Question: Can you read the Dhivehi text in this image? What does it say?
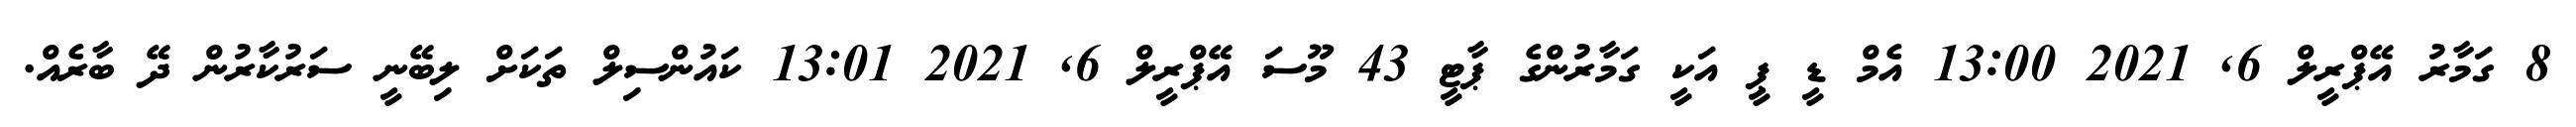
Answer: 8 ގަމާރު އޭޕްރީލް 6, 2021 13:00 އެމް ޑީ ޕީ އަކީ ގަމާރުންގެ ޕާޓީ 43 މޫސަ އޭޕްރީލް 6, 2021 13:01 ކައުންސިލް ތަކަށް ލިބޭނީ ސަރުކާރުން ދޭ ބާރެއް.